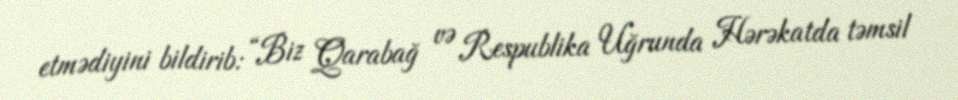
etmədiyini bildirib: “Biz Qarabağ və Respublika Uğrunda Hərəkatda təmsil